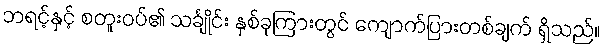
ဘရင့်နှင့် စတူးဝပ်၏ သင်္ချိုင်း နှစ်ခုကြားတွင် ကျောက်ပြားတစ်ချက် ရှိသည်။